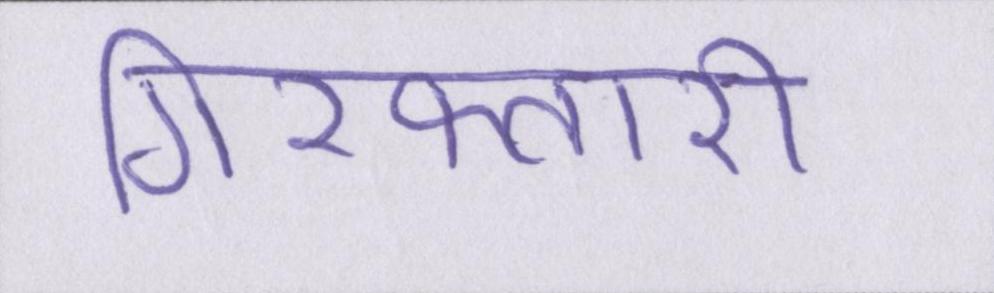
गिरफ्तारी